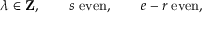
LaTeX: \lambda \in { \bf Z } , \qquad s \; \mathrm { e v e n } , \qquad e - r \; \mathrm { e v e n } ,